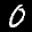
Label: 0